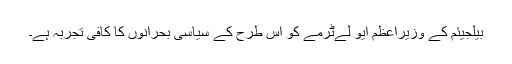
بیلجیئم کے وزیراعظم ایو لےٹرمے کو اس طرح کے سیاسی بحرانوں کا کافی تجربہ ہے۔